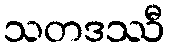
သတဒဿီ